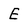
Character: E